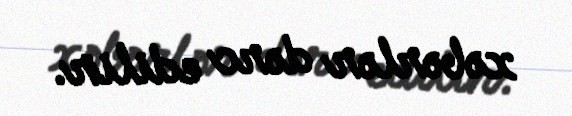
xəbərlər dərc edilir.